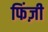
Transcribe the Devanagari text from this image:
फिंज़ी